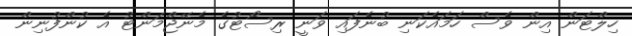
ހިލްޓަން އިން ވެސް ހަމައެކަނި ބުނެފައި ވަނީ ރިސޯޓުގެ މެނޭޖްމަންޓު އެ ކުންފުނިން